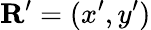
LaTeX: {\mathbf R}^{\prime}=(x^{\prime},y^{\prime})